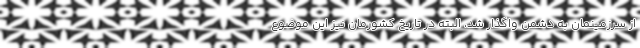
از سرزمینمان به دشمن واگذار شد، البته در تاریخ کشورمان نیز این موضوع